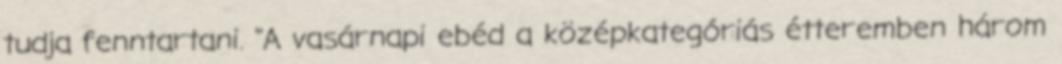
tudja fenntartani. "A vasárnapi ebéd a középkategóriás étteremben három